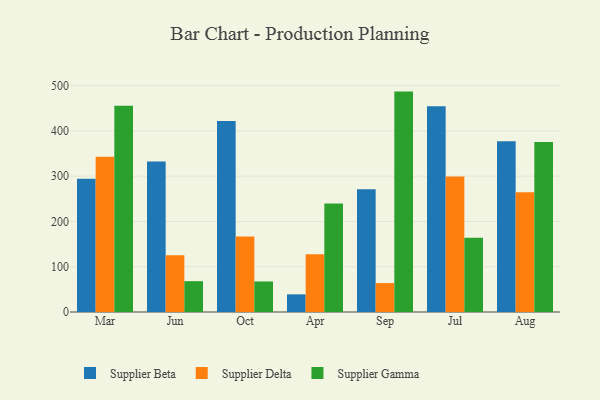
{"axis": {"x": "Month", "y": "Page Views"}, "legend": ["Supplier Beta", "Supplier Delta", "Supplier Gamma"], "data": [{"x": "Mar", "y": 294.1, "type": "Supplier Beta"}, {"x": "Mar", "y": 342.8, "type": "Supplier Delta"}, {"x": "Mar", "y": 455.6, "type": "Supplier Gamma"}, {"x": "Jun", "y": 332.5, "type": "Supplier Beta"}, {"x": "Jun", "y": 125.1, "type": "Supplier Delta"}, {"x": "Jun", "y": 68.1, "type": "Supplier Gamma"}, {"x": "Oct", "y": 422.2, "type": "Supplier Beta"}, {"x": "Oct", "y": 166.6, "type": "Supplier Delta"}, {"x": "Oct", "y": 67.5, "type": "Supplier Gamma"}, {"x": "Apr", "y": 39.0, "type": "Supplier Beta"}, {"x": "Apr", "y": 127.5, "type": "Supplier Delta"}, {"x": "Apr", "y": 239.6, "type": "Supplier Gamma"}, {"x": "Sep", "y": 271.1, "type": "Supplier Beta"}, {"x": "Sep", "y": 63.9, "type": "Supplier Delta"}, {"x": "Sep", "y": 486.9, "type": "Supplier Gamma"}, {"x": "Jul", "y": 454.4, "type": "Supplier Beta"}, {"x": "Jul", "y": 299.1, "type": "Supplier Delta"}, {"x": "Jul", "y": 163.9, "type": "Supplier Gamma"}, {"x": "Aug", "y": 377.2, "type": "Supplier Beta"}, {"x": "Aug", "y": 264.4, "type": "Supplier Delta"}, {"x": "Aug", "y": 375.6, "type": "Supplier Gamma"}]}